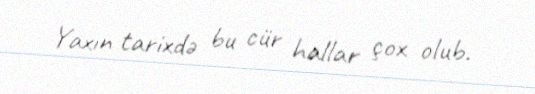
Yaxın tarixdə bu cür hallar çox olub.